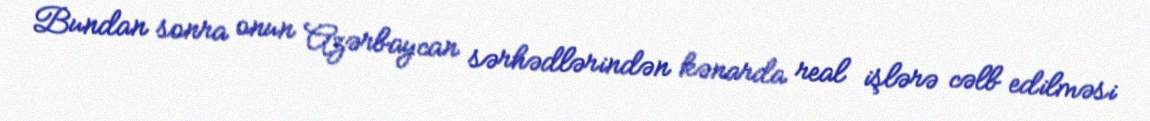
Bundan sonra onun Azərbaycan sərhədlərindən kənarda real işlərə cəlb edilməsi